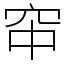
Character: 䆔